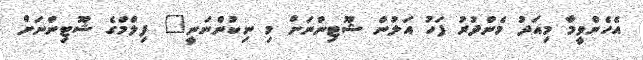
އެހެންވީމާ މިއަދު މެންދުރު ފަހު އަލުން ޝޫޓިންނަށް މި ނިކުންނަނީ" ފިލްމްގެ ޝޫޓިންނަށް